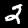
Label: 2